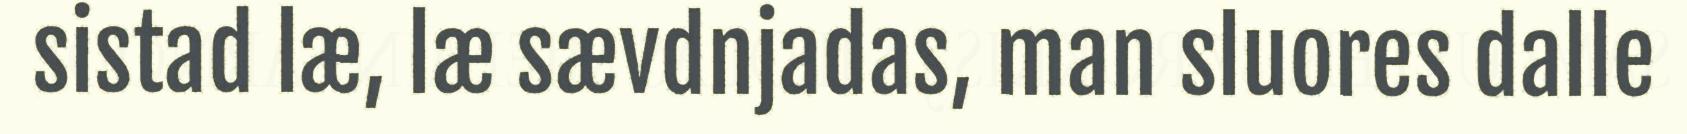
sistad læ, læ sævdnjadas, man sluores dalle